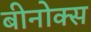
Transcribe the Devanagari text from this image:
बीनोक्स